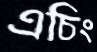
এচিং